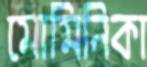
মোমিনিকা